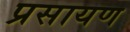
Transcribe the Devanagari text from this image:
प्रसायण